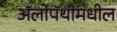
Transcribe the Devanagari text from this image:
ॲलोपॅथीमधील